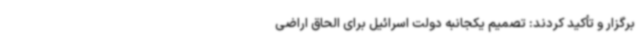
برگزار و تأکید کردند: تصمیم یکجانبه دولت اسرائیل برای الحاق اراضی